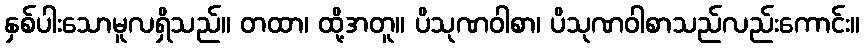
နှစ်ပါးသောမူလရှိသည်။ တထာ၊ ထို့အတူ။ ပိသုဏဝါစာ၊ ပိသုဏဝါစာသည်လည်းကောင်း။